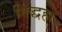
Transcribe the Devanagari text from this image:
गिद्धहा